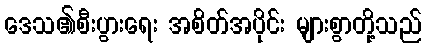
ဒေသ၏စီးပွားရေး အစိတ်အပိုင်း များစွာတို့သည်